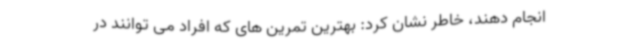
انجام دهند، خاطر نشان کرد: بهترین تمرین های که افراد می توانند در